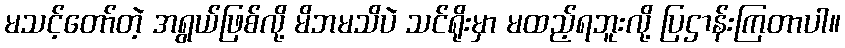
မသင့်တော်တဲ့ အရွယ်ဖြစ်လို့ မိဘမသိပဲ သင်ရိုးမှာ မထည့်ရဘူးလို့ ပြဌာန်းကြတာပါ။